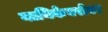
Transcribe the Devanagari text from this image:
नायिकेबरोबर